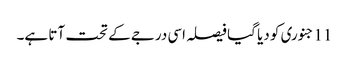
11جنوری کو دیا گیا فیصلہ اسی درجے کے تحت آتا ہے۔